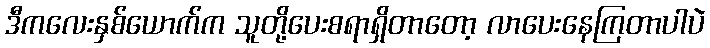
ဒီကလေးနှစ်ယောက်က သူတို့ပေးစရာရှိတာတော့ လာပေးနေကြတာပါပဲ